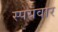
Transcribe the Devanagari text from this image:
स्पयवार